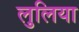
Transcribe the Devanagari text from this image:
लुलिया